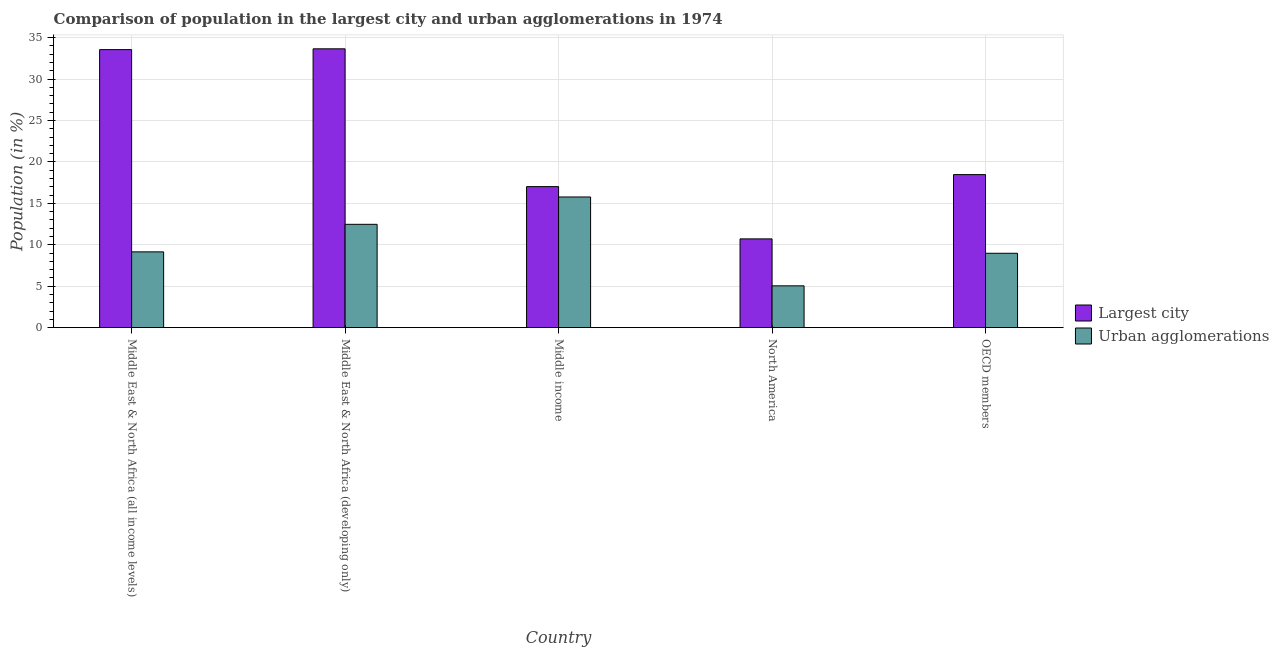
| Country | Largest city | Urban agglomerations |
 | --- | --- | --- |
 | Middle East & North Africa (all income levels) | 33.6 | 9.15 |
 | Middle East & North Africa (developing only) | 33.7 | 12.5 |
 | Middle income | 17 | 15.8 |
 | North America | 10.7 | 5.05 |
 | OECD members | 18.5 | 8.98 |